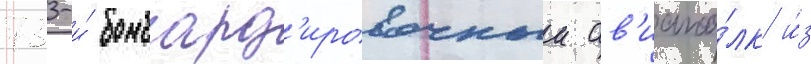
733-и́ бомбард'ировочныи ав'иапо́лк и́з